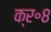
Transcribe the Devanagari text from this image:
क्र॰८